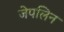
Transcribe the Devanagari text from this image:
जेपलिन